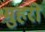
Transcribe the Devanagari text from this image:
मुहरो